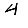
Digit: 4